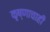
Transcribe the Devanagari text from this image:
कृष्णाचाही